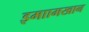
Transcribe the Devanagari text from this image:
इमाामखान